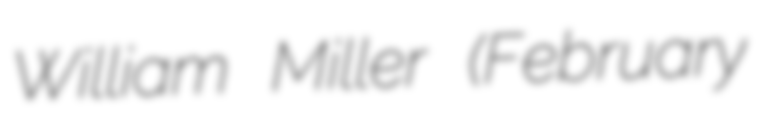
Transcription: William Miller (February